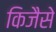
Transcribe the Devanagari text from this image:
किजैसे